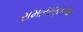
રામાયણકથા